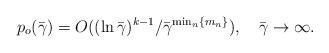
LaTeX: \begin{align*} p_o(\bar\gamma) = O((\ln\bar\gamma)^{k-1}/\bar\gamma^{\min_n\{m_n\}}),\quad\bar\gamma\rightarrow\infty.\end{align*}